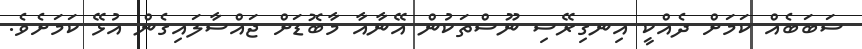
ސަބަބެއް ކަމަށް ދެއްކީ އިނގިރޭސި ނޫސްތަކުން އޭނާއާ މާބޮޑަށް ޖައްސާލައިގެން އުޅޭ ކަމަށެވެ.